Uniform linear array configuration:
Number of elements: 16
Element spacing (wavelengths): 0.5
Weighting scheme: hamming
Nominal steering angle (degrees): -60
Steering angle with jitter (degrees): -61.304
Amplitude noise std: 0.05
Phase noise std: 0.05

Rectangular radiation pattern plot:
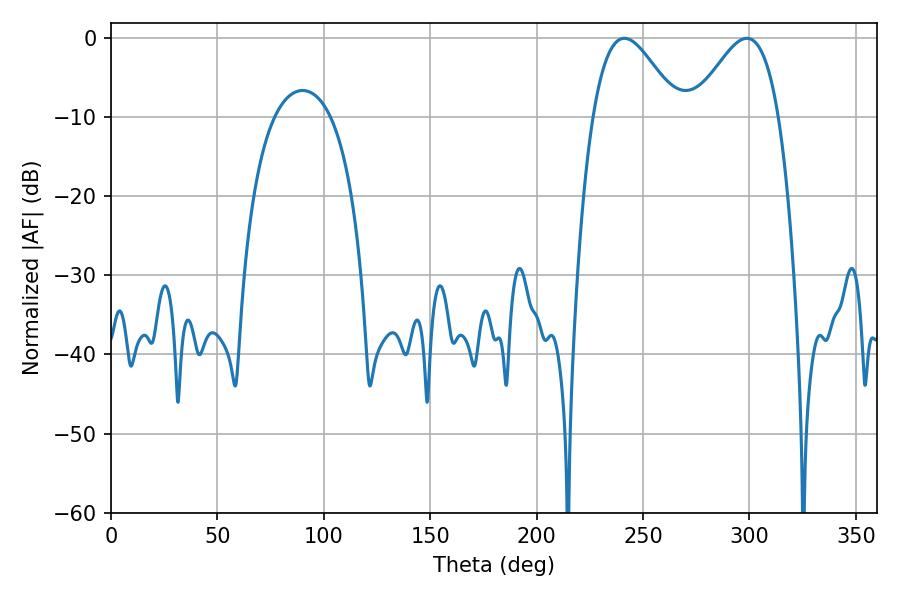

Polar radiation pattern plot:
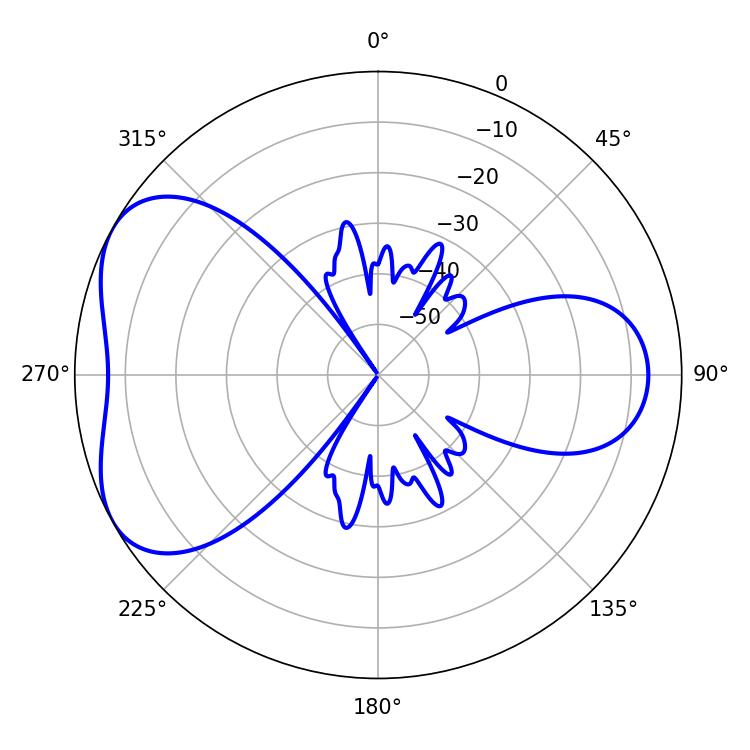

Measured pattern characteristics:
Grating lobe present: FALSE
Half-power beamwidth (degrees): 21.6
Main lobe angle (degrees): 241.2